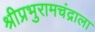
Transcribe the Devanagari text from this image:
श्रीप्रभुरामचंद्राला